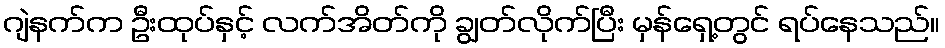
ဂျဲနက်က ဦးထုပ်နှင့် လက်အိတ်ကို ချွတ်လိုက်ပြီး မှန်ရှေ့တွင် ရပ်နေသည်။